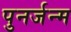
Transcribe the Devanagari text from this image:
पुनर्जन्‍म